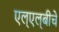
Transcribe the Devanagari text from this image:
एल्‌एल्‌बीचे